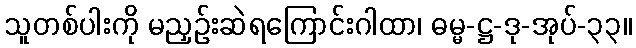
သူတစ်ပါးကို မညှဉ်းဆဲရကြောင်းဂါထာ၊ ဓမ္မ-ဋ္ဌ-ဒု-အုပ်-၃၃။